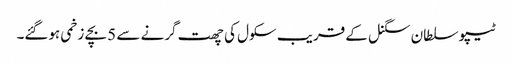
ٹیپو سلطان سگنل کے قریب سکول کی چھت گرنے سے 5 بچے زخمی ہوگئے۔